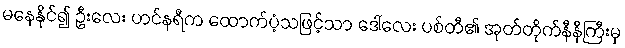
မနေနိုင်၍ ဦးလေး ဟင်နရီက ထောက်ပံ့သဖြင့်သာ ဒေါ်လေး ပစ်တီ၏ အုတ်တိုက်နီနီကြီးမှ